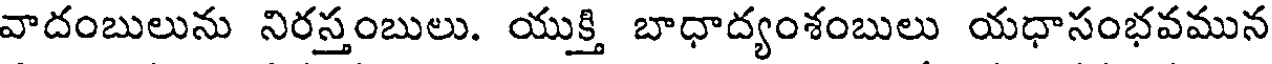
వాదంబులును నిరస్తంబులు. యుక్తి బాధాద్యంశంబులు యధాసంభవమున